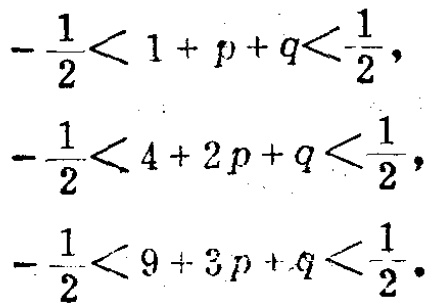
\(-\frac{1}{2}<1 + p + q<\frac{1}{2},\)

\(-\frac{1}{2}<4 + 2p + q<\frac{1}{2},\)

\(-\frac{1}{2}<9 + 3p + q<\frac{1}{2}.\)